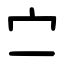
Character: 㝉